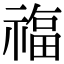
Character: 𮂊